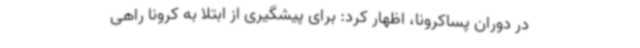
در دوران پساکرونا، اظهار کرد: برای پیشگیری از ابتلا به کرونا راهی